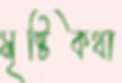
সৃষ্টিকথা